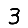
Digit: 3